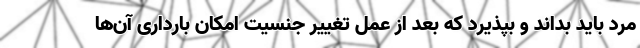
مرد باید بداند و بپذیرد که بعد از عمل تغییر جنسیت امکان بارداری آن‌ها